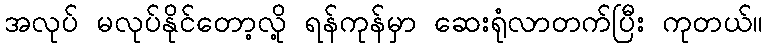
အလုပ် မလုပ်နိုင်တော့လို့ ရန်ကုန်မှာ ဆေးရုံလာတက်ပြီး ကုတယ်။